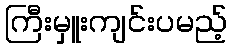
ကြီးမှူးကျင်းပမည့်